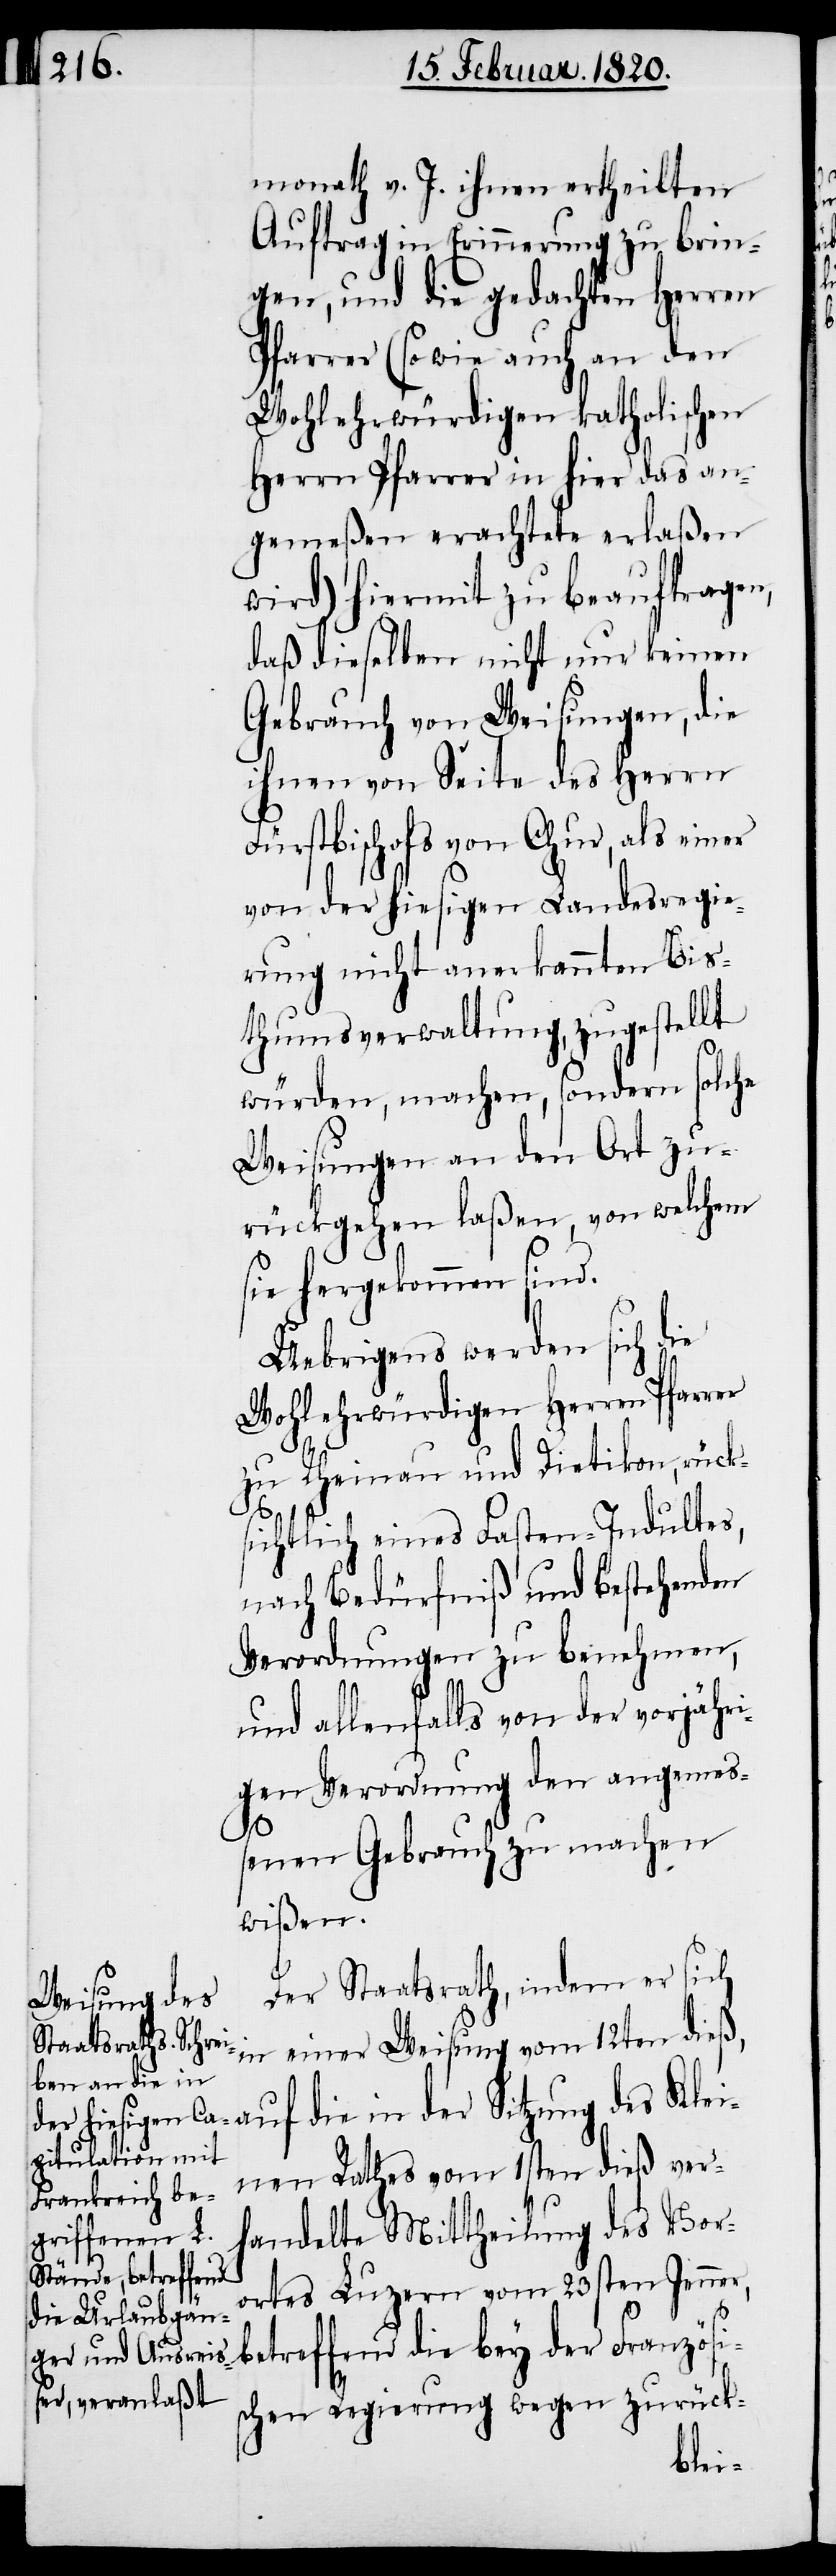
monath v. J. ihnen ertheilten
Auftrag in Erinnerung zu brin¬
gen, und die gedachten Herren
Pfarrer (sowie auch an den
Wohlehrwürdigen katholischen
Herrn Pfarrer in hier das an¬
gemeßen erachtete erlaßen
wird) hiermit zu beauftragen,
daß dieselben nicht nur keinen
Gebrauch von Weisungen, die
ihnen von Seite des Herrn
Fürstbischofs von Chur, als einer
von der hiesigen Landesregie¬
rung nicht anerkannten Bis¬
thumsverwaltung, zugestellt
würden, machen, sondern solche
Weisungen an den Ort zu¬
rückgehen laßen, von welchem
sie hergekommen sind.
Uebrigens werden sich die
Wohlehrwürdigen Herren Pfarrer
zu Rheinau und Dietikon, rück¬
sichtlich eines Fasten-Indultes,
nach Bedürfniß und bestehenden
Verordnungen zu benehmen,
und allenfalls von der vorjähri¬
gen Verordnung den angemeß¬
enen Gebrauch zu machen
wißen.
Der Staatsrath, indem er sich
in einer Weisung vom 12ten di¬
eß, auf die in der Sitzung des Klei¬
nen Rathes vom 1sten dieß ver¬
handelte Mittheilung des Vor¬
ortes Luzern vom 23sten Jenner,
betreffend die bey der Französi¬
schen Regierung wegen zurück-